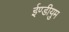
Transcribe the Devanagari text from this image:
ईण्डीयुम